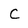
Character: c